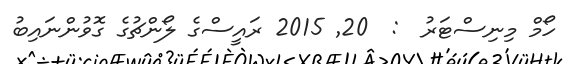
ހޯމް މިނިސްޓަރު  :  20